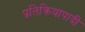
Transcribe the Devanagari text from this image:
प्रतिक्रियापादी